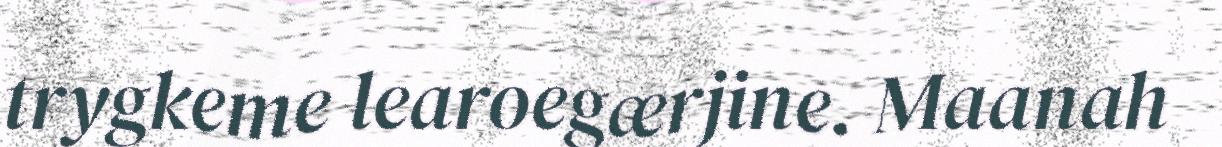
trygkeme learoegærjine. Maanah